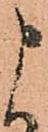
申